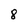
Character: 8